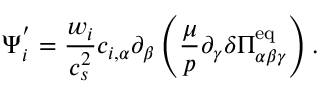
{ \Psi _ { i } ^ { ' } } = \frac { w _ { i } } { c _ { s } ^ { 2 } } c _ { i , \alpha } \partial _ { \beta } \left( \frac { \mu } { p } \partial _ { \gamma } \delta \Pi _ { \alpha \beta \gamma } ^ { \mathrm { e q } } \right) .